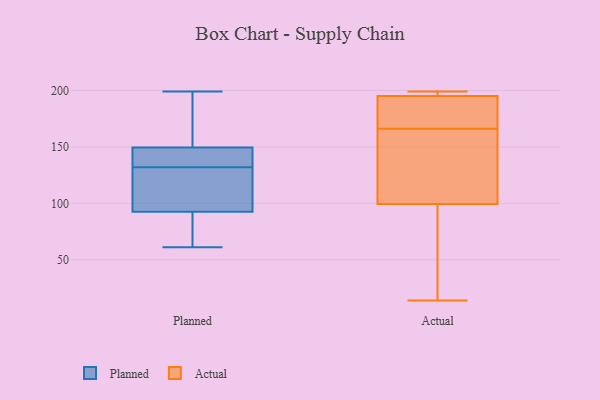
{"axis": {"x": "Net Income (USD K)", "y": "Value"}, "legend": ["Actual", "Planned"], "data": [{"x": "", "y": 151, "type": "Planned"}, {"x": "", "y": 94, "type": "Planned"}, {"x": "", "y": 199, "type": "Planned"}, {"x": "", "y": 132, "type": "Planned"}, {"x": "", "y": 92, "type": "Planned"}, {"x": "", "y": 61, "type": "Planned"}, {"x": "", "y": 70, "type": "Planned"}, {"x": "", "y": 145, "type": "Planned"}, {"x": "", "y": 116, "type": "Planned"}, {"x": "", "y": 141, "type": "Planned"}, {"x": "", "y": 197, "type": "Planned"}, {"x": "", "y": 166, "type": "Actual"}, {"x": "", "y": 171, "type": "Actual"}, {"x": "", "y": 199, "type": "Actual"}, {"x": "", "y": 14, "type": "Actual"}, {"x": "", "y": 195, "type": "Actual"}, {"x": "", "y": 198, "type": "Actual"}, {"x": "", "y": 195, "type": "Actual"}, {"x": "", "y": 142, "type": "Actual"}, {"x": "", "y": 126, "type": "Actual"}, {"x": "", "y": 195, "type": "Actual"}, {"x": "", "y": 50, "type": "Actual"}, {"x": "", "y": 37, "type": "Actual"}, {"x": "", "y": 116, "type": "Actual"}]}